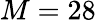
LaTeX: M=28